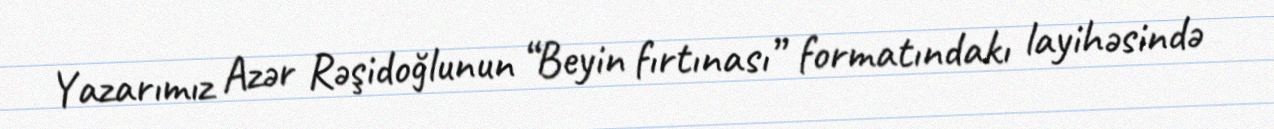
Yazarımız Azər Rəşidoğlunun “Beyin fırtınası” formatındakı layihəsində